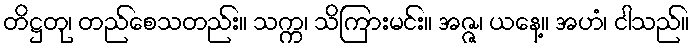
တိဋ္ဌတု၊ တည်စေသတည်း။ သက္က၊ သိကြားမင်း။ အဇ္ဇ၊ ယနေ့။ အဟံ၊ ငါသည်။